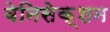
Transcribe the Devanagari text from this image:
वेनिसेक्शन